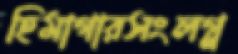
হিমাগারসংলগ্ন